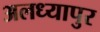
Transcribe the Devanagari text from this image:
अलध्यापुर